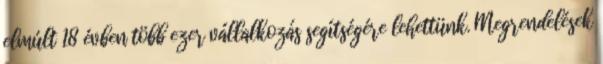
elmúlt 18 évben több ezer vállalkozás segítségére lehettünk. Megrendelések